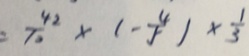
= \frac { 4 2 } { 1 0 } \times ( - \frac { 4 } { 5 } ) \times \frac { 1 } { 3 }